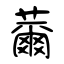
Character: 薾